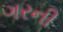
ગરની